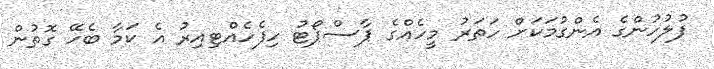
ފުލުހުންގެ އެންގުމަކަށް ހަތަރު މީހެއްގެ ޕާސްޕޯޓު ހިފެހެއްޓިއިރު އެ ކަމާ ބެހޭ ގޮތުން